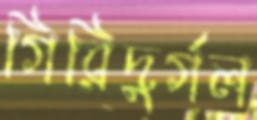
গিরিদুর্গল